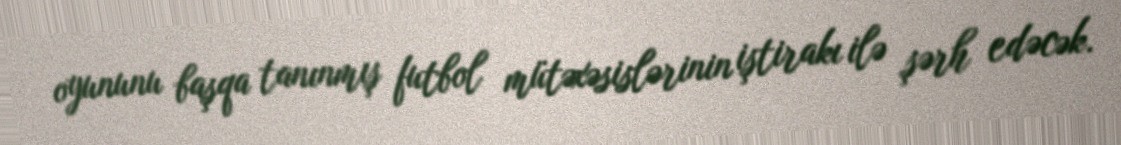
oyununu başqa tanınmış futbol mütəxəsislərinin iştirakı ilə şərh edəcək.